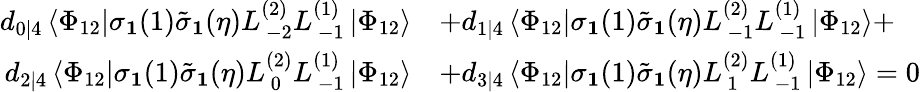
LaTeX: \begin{array}{rl}{d_{0|4}\left\langle\Phi_{12}\right|\sigma_{\mathbf{1}}(1)\tilde{\sigma}_{\mathbf{1}}(\eta)L_{\, -2}^{(2)}L_{\, -1}^{(1)}\left|\Phi_{12}\right\rangle}&{+d_{1|4}\left\langle\Phi_{12}\right|\sigma_{\mathbf{1}}(1)\tilde{\sigma}_{\mathbf{1}}(\eta)L_{\, -1}^{(2)}L_{\, -1}^{(1)}\left|\Phi_{12}\right\rangle+}\\ {d_{2|4}\left\langle\Phi_{12}\right|\sigma_{\mathbf{1}}(1)\tilde{\sigma}_{\mathbf{1}}(\eta)L_{\, 0}^{(2)}L_{\, -1}^{(1)}\left|\Phi_{12}\right\rangle}&{+d_{3|4}\left\langle\Phi_{12}\right|\sigma_{\mathbf{1}}(1)\tilde{\sigma}_{\mathbf{1}}(\eta)L_{\, 1}^{(2)}L_{\, -1}^{(1)}\left|\Phi_{12}\right\rangle=0}\end{array}